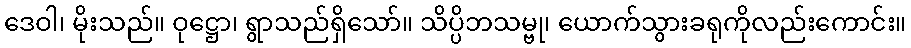
ဒေဝါ၊ မိုးသည်။ ဝုဋ္ဌော၊ ရွာသည်ရှိသော်။ သိပ္ပိဘသမ္ဗု၊ ယောက်သွားခရုကိုလည်းကောင်း။